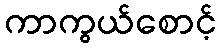
ကာကွယ်စောင့်